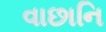
વાછાનિ